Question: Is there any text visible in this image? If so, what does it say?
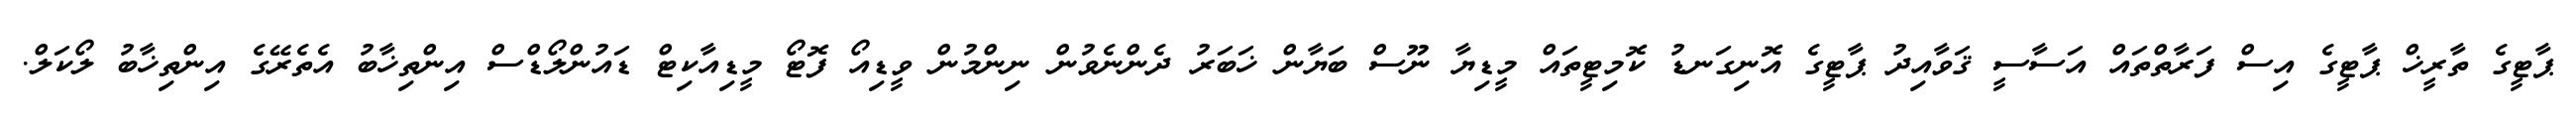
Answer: ޕާޓީގެ ތާރީޚް ޕާޓީގެ އިސް ފަރާތްތައް އަސާސީ ޤަވާއިދު ޕާޓީގެ އޮނިގަނޑު ކޮމިޓީތައް މީޑިޔާ ނޫސް ބަޔާން ޚަބަރު ދެންނެވުން ނިންމުން ވީޑިއޯ ފޮޓޯ މީޑިއާކިޓް ޑައުންލޯޑްސް އިންތިޚާބު އެތެރޭގެ އިންތިޚާބު ލޯކަލް.